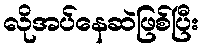
လိုအပ်နေဆဲဖြစ်ပြီး